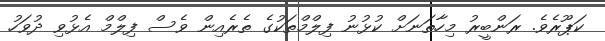
ކަޕޫރެވެ. ރަންބީރު މިހާތަނަށް ކުޅުނު ފިލްމްތަކުގެ ތެރެއިން ވެސް ފިލްމް އެޅުވި ދުވަހު